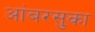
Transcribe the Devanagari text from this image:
आंबरसुका